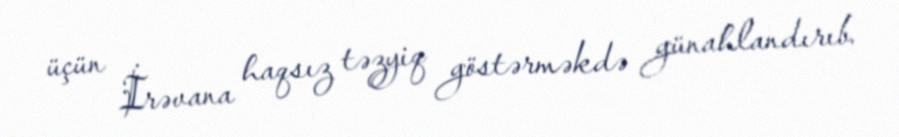
üçün İrəvana haqsız təzyiq göstərməkdə günahlandırıb.